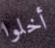
أخلوا